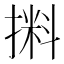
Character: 𰔛